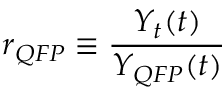
r _ { Q F P } \equiv \frac { Y _ { t } ( t ) } { Y _ { Q F P } ( t ) }